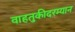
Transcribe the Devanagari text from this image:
वाहतुकीदरम्यान